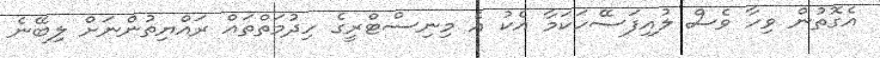
އެގޮތުން ވިހާ ވެސް ލުއިފަސޭހަކަމާ އެކު އެ މިނިސްޓްރީގެ ހިދުމަތްތައް ރައްޔިތުންނަށް ލިބޭނެ